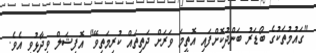
"ގައުމުތަކުގެ ބޯޑަރު ބަންދުކޮށްފައި އޮތީމަ ވަރަށް ދަތިތައް ކުރިމަތިވޭ" އޮފިޝަލް ވިދާޅުވި އެވެ.